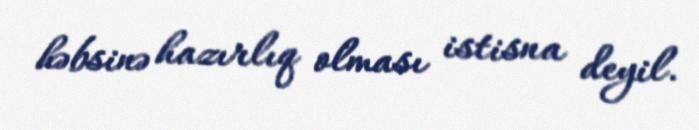
həbsinə hazırlıq olması istisna deyil.